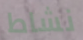
نشاط